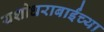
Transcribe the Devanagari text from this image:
यशोधराबाईंच्या